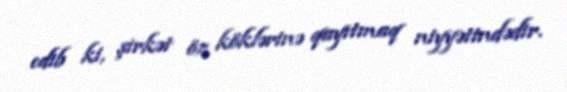
edib ki, şirkət öz köklərinə qayıtmaq niyyətindədir.